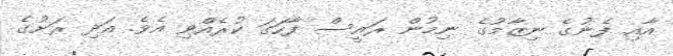
އާއި ފެނުގެ ނިޒާމުގެ ނިމުން ރައީސް ފާހަގަ ކުރެއްވި އެވެ. އަދި ރަށުގެ